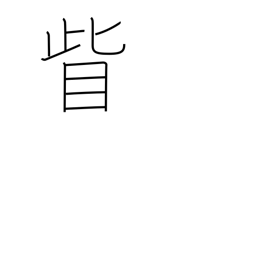
Meaning: outside the corner of the eye